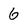
Character: 6